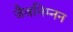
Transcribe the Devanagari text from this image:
जैवनिम्नन